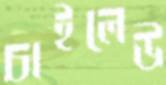
চাইলেউ